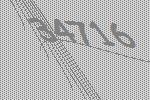
34716